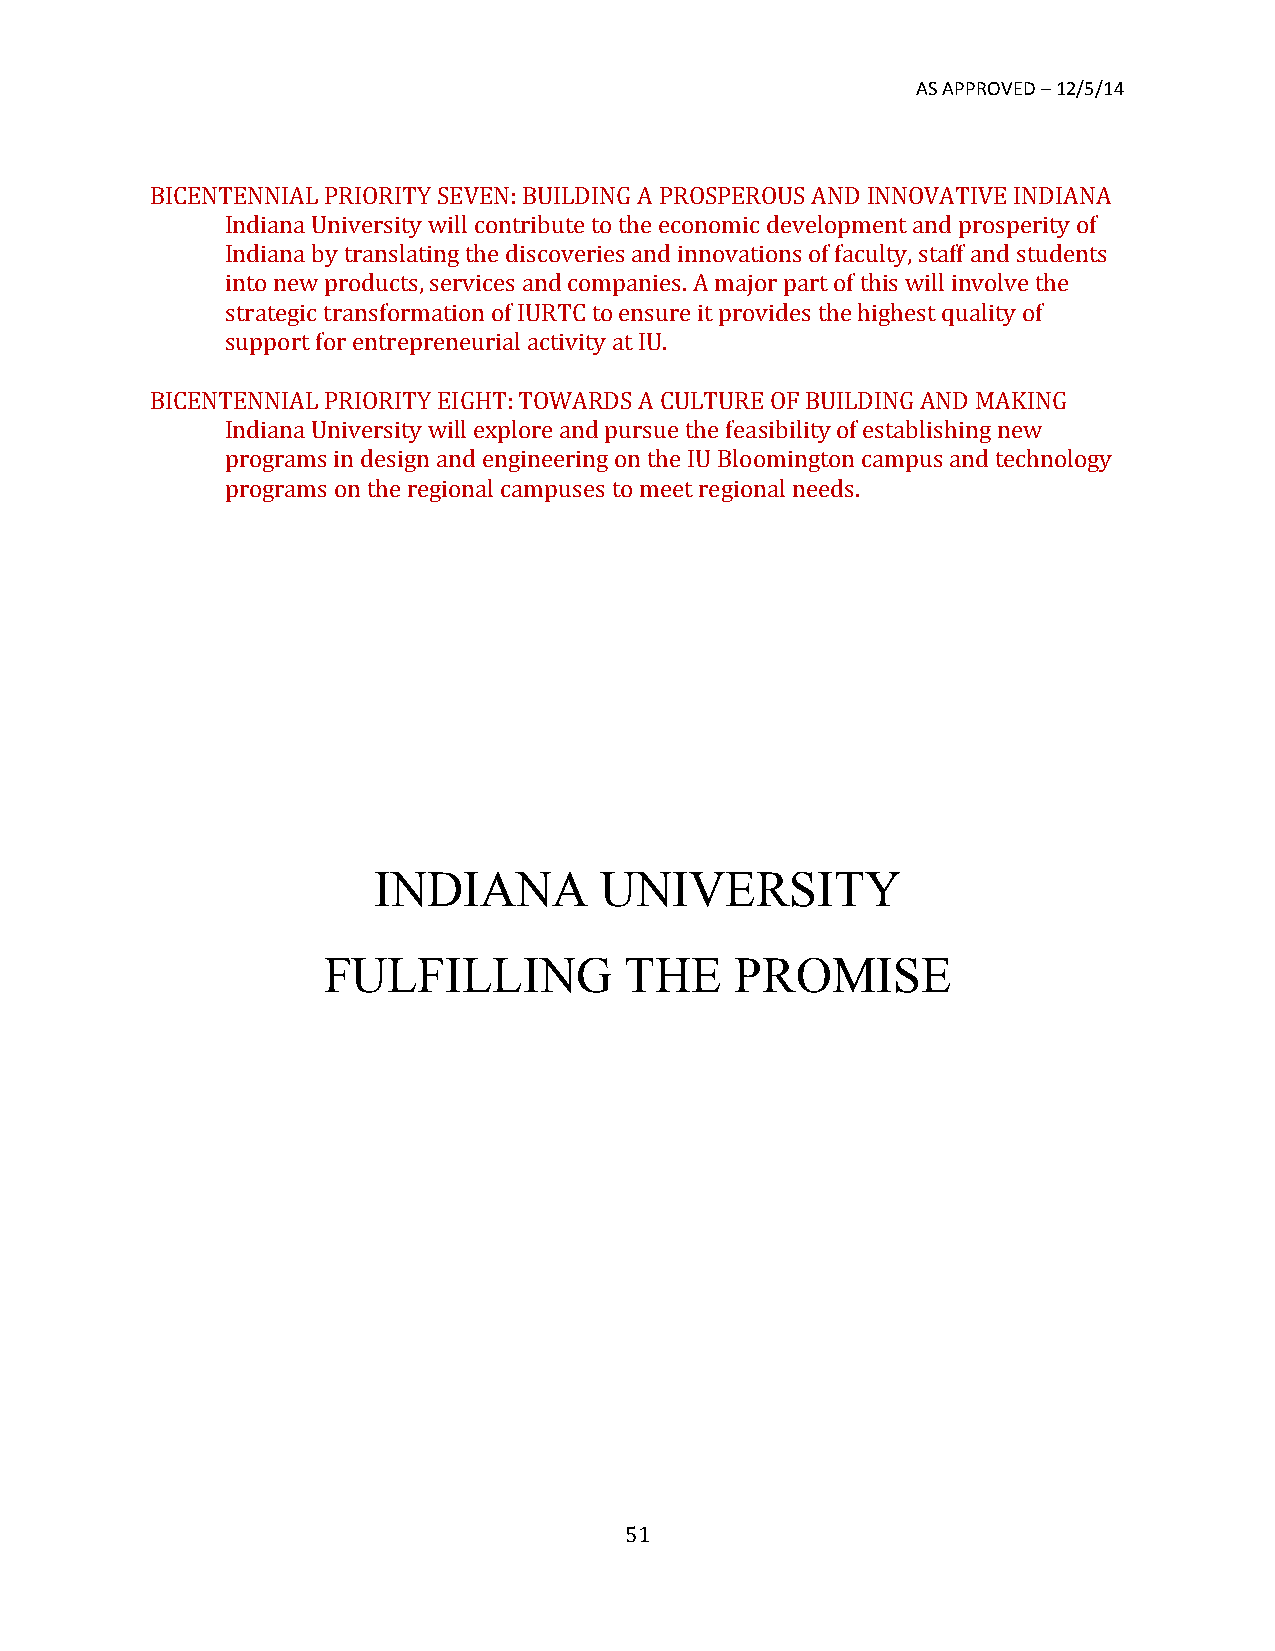
AS APPROVED – 12/5/14
 BICENTENNIAL PRIORITY SEVEN: BUILDING A PROSPEROUS AND INNOVATIVE INDIANA
 Indiana University will contribute to the economic development and prosperity of
 Indiana by translating the discoveries and innovations of faculty, staff and students
 into new products, services and companies. A major part of this will involve the
 strategic transformation of IURTC to ensure it provides the highest quality of
 support for entrepreneurial activity at IU.
 BICENTENNIAL PRIORITY EIGHT: TOWARDS A CULTURE OF BUILDING AND MAKING
 Indiana University will explore and pursue the feasibility of establishing new
 programs in design and engineering on the IU Bloomington campus and technology
 programs on the regional campuses to meet regional needs.
 INDIANA        UNIVERSITY
 FULFILLING          THE     PROMISE
 51